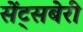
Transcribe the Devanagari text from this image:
सेंट्सबेरी